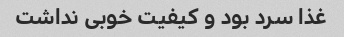
غذا سرد بود و کیفیت خوبی نداشت